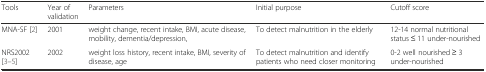
| Tools | Year of validation | Parameters | Initial purpose | Cutoff score |
 | --- | --- | --- | --- | --- |
 | MNA-SF [2] | 2001 | weight change, recent intake, BMI, acute disease, mobility, dementia/depression, | To detect malnutrition in the elderly | 12-14 normal nutritional status ≤ 11 under-nourished |
 | NRS2002 [3–5] | 2002 | weight loss history, recent intake, BMI, severity of disease, age | To detect malnutrition and identify patients who need closer monitoring | 0-2 well nourished ≥ 3 under-nourished |